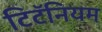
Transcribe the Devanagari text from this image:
टिटॅनियम